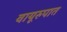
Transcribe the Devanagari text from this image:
वायूरुपात